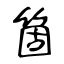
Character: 箇